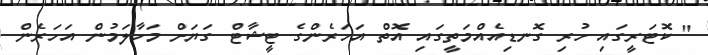
" ކޮޓަރީގައި ހުރި ގޮނޑިއެއްމަތީގައި އޮތް އަހަރެންގެ ޓީޝާޓް ގަޔަށް މަހާލަމުން އަހަރެން